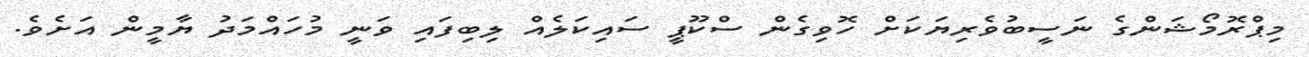
މިޕްރޮމޯޝަންގެ ނަސީބުވެރިޔަކަށް ހޮވިގެން ސްކޫޕީ ސައިކަލެއް ލިބިފައި ވަނީ މުހައްމަދު ޔާމީން އަށެވެ.